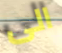
الى